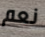
نعم